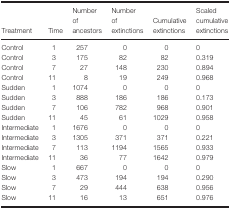
<table><thead><tr><td><b>Treatment</b></td><td><b>Time</b></td><td><b>Number of ancestors</b></td><td><b>Number of extinctions</b></td><td><b>Cumulative extinctions</b></td><td><b>Scaled cumulative extinctions</b></td></tr></thead><tbody><tr><td>Control</td><td>1</td><td>257</td><td>0</td><td>0</td><td>0</td></tr><tr><td>Control</td><td>3</td><td>175</td><td>82</td><td>82</td><td>0.319</td></tr><tr><td>Control</td><td>7</td><td>27</td><td>148</td><td>230</td><td>0.894</td></tr><tr><td>Control</td><td>11</td><td>8</td><td>19</td><td>249</td><td>0.968</td></tr><tr><td>Sudden</td><td>1</td><td>1074</td><td>0</td><td>0</td><td>0</td></tr><tr><td>Sudden</td><td>3</td><td>888</td><td>186</td><td>186</td><td>0.173</td></tr><tr><td>Sudden</td><td>7</td><td>106</td><td>782</td><td>968</td><td>0.901</td></tr><tr><td>Sudden</td><td>11</td><td>45</td><td>61</td><td>1029</td><td>0.958</td></tr><tr><td>Intermediate</td><td>1</td><td>1676</td><td>0</td><td>0</td><td>0</td></tr><tr><td>Intermediate</td><td>3</td><td>1305</td><td>371</td><td>371</td><td>0.221</td></tr><tr><td>Intermediate</td><td>7</td><td>113</td><td>1194</td><td>1565</td><td>0.933</td></tr><tr><td>Intermediate</td><td>11</td><td>36</td><td>77</td><td>1642</td><td>0.979</td></tr><tr><td>Slow</td><td>1</td><td>667</td><td>0</td><td>0</td><td>0</td></tr><tr><td>Slow</td><td>3</td><td>473</td><td>194</td><td>194</td><td>0.290</td></tr><tr><td>Slow</td><td>7</td><td>29</td><td>444</td><td>638</td><td>0.956</td></tr><tr><td>Slow</td><td>11</td><td>16</td><td>13</td><td>651</td><td>0.976</td></tr></tbody></table>